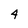
Character: 4